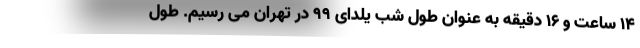
۱۴ ساعت و ۱۶ دقیقه به عنوان طول شب یلدای ۹۹ در تهران می رسیم. طول